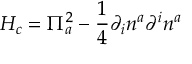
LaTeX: H _ { c } = \Pi _ { a } ^ { 2 } - \frac { 1 } { 4 } \partial _ { i } n ^ { a } \partial ^ { i } n ^ { a }